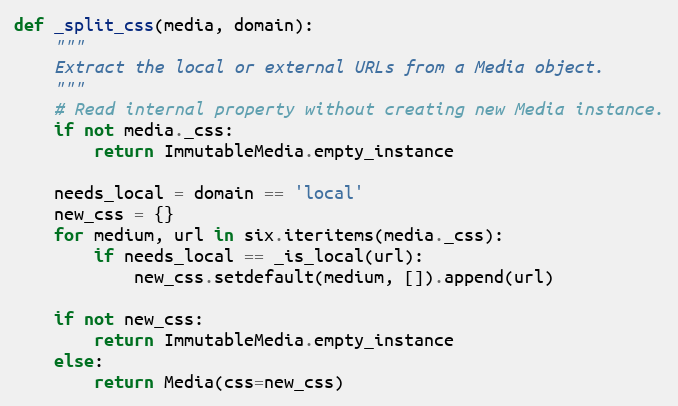
Language: Python
def _split_css(media, domain):
    """
    Extract the local or external URLs from a Media object.
    """
    # Read internal property without creating new Media instance.
    if not media._css:
        return ImmutableMedia.empty_instance

    needs_local = domain == 'local'
    new_css = {}
    for medium, url in six.iteritems(media._css):
        if needs_local == _is_local(url):
            new_css.setdefault(medium, []).append(url)

    if not new_css:
        return ImmutableMedia.empty_instance
    else:
        return Media(css=new_css)